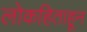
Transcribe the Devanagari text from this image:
लोकहिताहून